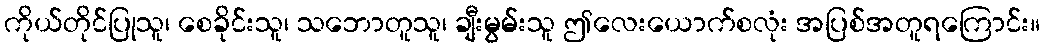
ကိုယ်တိုင်ပြုသူ၊ စေခိုင်းသူ၊ သဘောတူသူ၊ ချီးမွမ်းသူ ဤလေးယောက်စလုံး အပြစ်အတူရကြောင်း။